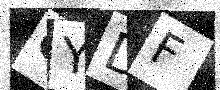
Text: OYDF